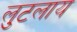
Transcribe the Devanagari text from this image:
लुटलाय